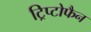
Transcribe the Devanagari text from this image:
ट्रिप्टोफैन